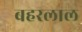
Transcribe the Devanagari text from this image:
बहरलाल